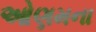
ઓણમના